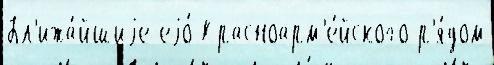
Бл'ижа́йшиjе еjо́ Красноарм'е́йского р'я́дом